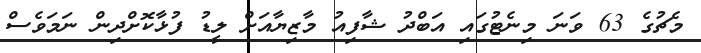
މެޗުގެ 63 ވަނަ މިނެޓުގައި އަބްދު ޝާފިއު މާޒިޔާއަށް ލީޑު ފުޅާކޮށްދިން ނަމަވެސް